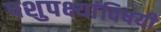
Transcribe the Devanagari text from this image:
पशुपक्ष्यांविषयी